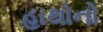
હાથોનો